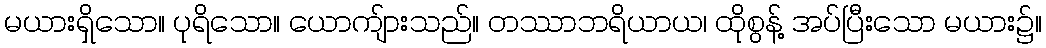
မယားရှိသော။ ပုရိသော။ ယောကျ်ားသည်။ တဿာဘရိယာယ၊ ထိုစွန့် အပ်ပြီးသော မယား၌။